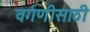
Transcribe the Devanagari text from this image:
वर्गणीसाठी